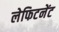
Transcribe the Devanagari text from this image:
लेफिटनेंट